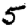
Digit: 5